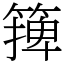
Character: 篺